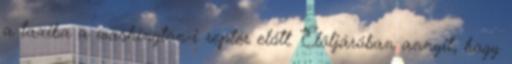
a taxiba a washington-i reptér előtt. Elöljáróban annyit, hogy